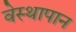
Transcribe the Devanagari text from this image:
वेस्थापान